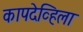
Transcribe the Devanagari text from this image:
कापदेव्हिला